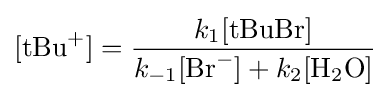
[{\text{tBu}}^{+}]={\frac {k_{1}[{\text{tBuBr}}]}{k_{-1}[{\text{Br}}^{-}]+k_{2}[{\text{H}}_{2}{\text{O}}]}}